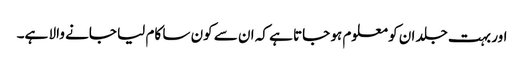
اور بہت جلد ان کو معلوم ہو جاتا ہے کہ ان سے کون سا کام لیا جانے والا ہے۔